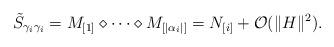
LaTeX: \begin{align*} \tilde{S}_{\gamma_i \gamma_i} = M_{[1]} \diamond \cdots \diamond M_{[|\alpha_i|]} = N_{[i]}+\mathcal{O}(\|H\|^2).\end{align*}